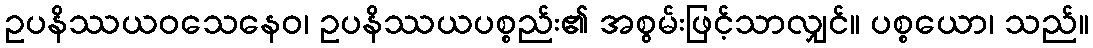
ဥပနိဿယဝသေနေဝ၊ ဥပနိဿယပစ္စည်း၏ အစွမ်းဖြင့်သာလျှင်။ ပစ္စယော၊ သည်။